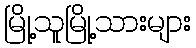
မြို့သူမြို့သားများ